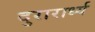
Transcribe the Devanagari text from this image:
दुरारार्ध्य